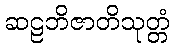
ဆဠဘိဇာတိသုတ္တံ